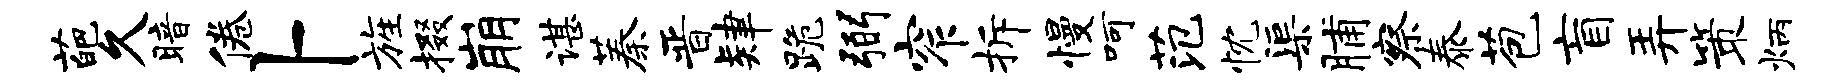
葩久暗倦卜旌掇崩谌蓁晋肄跪弼窄拆慢呵范忱渠脯察泰苞盲弄策炳